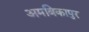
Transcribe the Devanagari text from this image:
अमबिकापुर